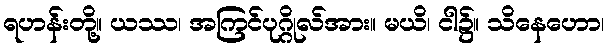
ရဟန်းတို့။ ယဿ၊ အကြင်ပုဂ္ဂိုလ်အား။ မယိ၊ ငါ၌။ သိနေဟော၊